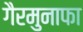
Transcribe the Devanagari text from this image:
गैरमुनाफा